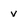
Character: v